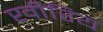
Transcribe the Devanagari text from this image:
खीरिय